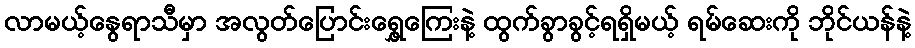
လာမယ့်နွေရာသီမှာ အလွတ်ပြောင်းရွှေ့ကြေးနဲ့ ထွက်ခွာခွင့်ရရှိမယ့် ရမ်ဆေးကို ဘိုင်ယန်နဲ့